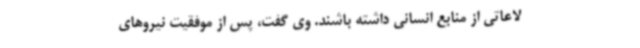
لاعاتی از منابع انسانی داشته باشند. وی گفت، پس از موفقیت نیروهای